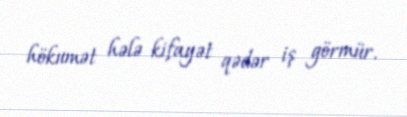
hökumət hələ kifayət qədər iş görmür.